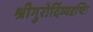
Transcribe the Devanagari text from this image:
श्रीगुरोर्दिव्यदृष्टिः